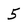
Character: 5